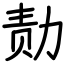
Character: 𪟝